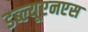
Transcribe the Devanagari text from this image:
डब्ल्यूएनएस